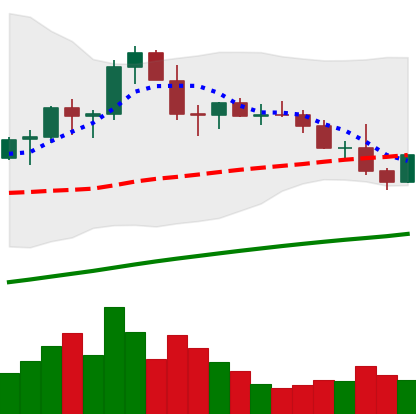
Ticker: LTC-USD
Chart end date: 2021-03-26
Forward return: 7.174%
Label: up_7plus